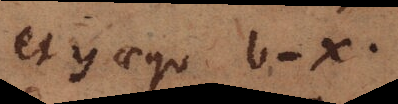
et y aequ b-x.